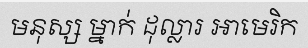
មនុស្ស ម្នាក់ ដុល្លារ អាមេរិក